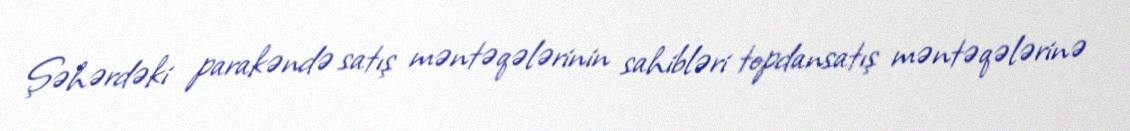
Şəhərdəki parakəndə satış məntəqələrinin sahibləri topdansatış məntəqələrinə